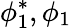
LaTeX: \phi_{1}^{*},\phi_{1}